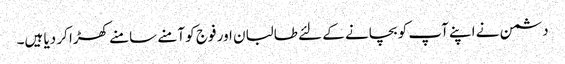
دشمن نے اپنے آپ کو بچانے کے لئے طالبان اور فوج کو آمنے سامنے کھڑا کر دیا ہیں۔